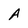
Character: A